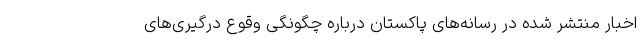
اخبار منتشر شده در رسانه‌های پاکستان درباره چگونگی وقوع درگیری‌های